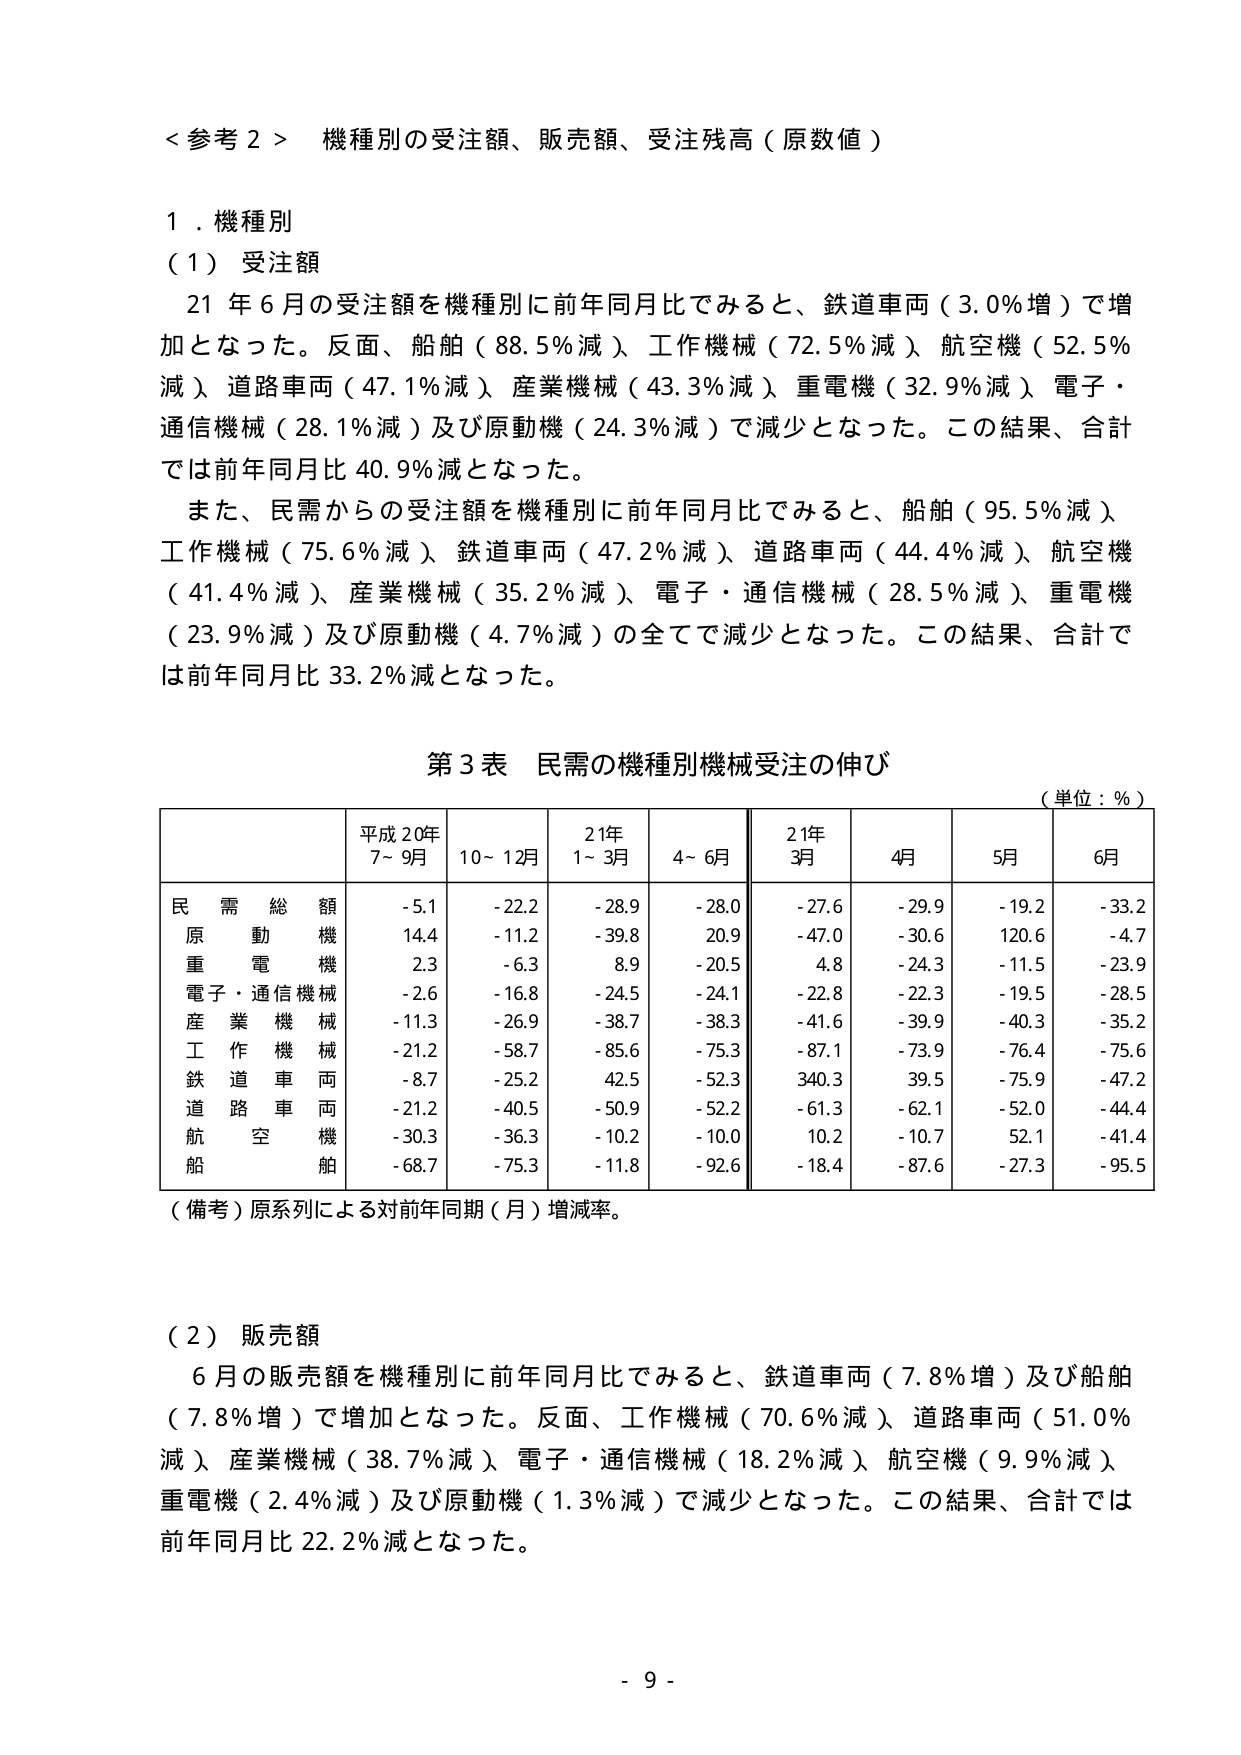
＜参考２＞ 機種別の受注額、販売額、受注残高（原数値）

１．機種別

（１）受注額

　２１年６月の受注額を機種別に前年同月比でみると、鉄道車両（３．０％増）で増加となった。反面、船舶（８８．５％減）、工作機械（７２．５％減）、航空機（５２．５％減）、道路車両（４７．１％減）、産業機械（４３．３％減）、重電機（３２．９％減）、電子・通信機械（２８．１％減）及び原動機（２４．３％減）で減少となった。この結果、合計では前年同月比４０．９％減となった。

　また、民需からの受注額を機種別に前年同月比でみると、船舶（９５．５％減）、工作機械（７５．６％減）、鉄道車両（４７．２％減）、道路車両（４４．４％減）、航空機（４１．４％減）、産業機械（３５．２％減）、電子・通信機械（２８．５％減）、重電機（２３．９％減）及び原動機（４．７％減）の全てで減少となった。この結果、合計では前年同月比３３．２％減となった。

第３表 民需の機種別機械受注の伸び
（単位：％）

| | 平成２０年 ７～９月 | １０～１２月 | ２１年 １～３月 | ４～６月 | ２１年 ３月 | ４月 | ５月 | ６月 |
|---|---|---|---|---|---|---|---|---|
| 民需総額 | -5.1 | -22.2 | -28.9 | -28.0 | -27.6 | -29.9 | -19.2 | -33.2 |
| 原動機 | 14.4 | -11.2 | -39.8 | 20.9 | -47.0 | -30.6 | 120.6 | -4.7 |
| 重電機 | 2.3 | -6.3 | 8.9 | -20.5 | 4.8 | -24.3 | -11.5 | -23.9 |
| 電子・通信機械 | -2.6 | -16.8 | -24.5 | -24.1 | -22.8 | -22.3 | -19.5 | -28.5 |
| 産業機械 | -11.3 | -26.9 | -38.7 | -38.3 | -41.6 | -39.9 | -40.3 | -35.2 |
| 工作機械 | -21.2 | -58.7 | -85.6 | -75.3 | -87.1 | -73.9 | -76.4 | -75.6 |
| 鉄道車両 | -8.7 | -25.2 | 42.5 | -52.3 | 340.3 | 39.5 | -75.9 | -47.2 |
| 道路車両 | -21.2 | -40.5 | -50.9 | -52.2 | -61.3 | -62.1 | -52.0 | -44.4 |
| 航空機 | -30.3 | -36.3 | -10.2 | -10.0 | 10.2 | -10.7 | 52.1 | -41.4 |
| 船舶 | -68.7 | -75.3 | -11.8 | -92.6 | -18.4 | -87.6 | -27.3 | -95.5 |

（備考）原系列による対前年同期（月）増減率。

（２）販売額

　６月の販売額を機種別に前年同月比でみると、鉄道車両（７．８％増）及び船舶（７．８％増）で増加となった。反面、工作機械（７０．６％減）、道路車両（５１．０％減）、産業機械（３８．７％減）、電子・通信機械（１８．２％減）、航空機（９．９％減）、重電機（２．４％減）及び原動機（１．３％減）で減少となった。この結果、合計では前年同月比２２．２％減となった。

- 9 -